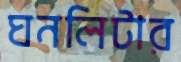
ঘনলিটার